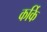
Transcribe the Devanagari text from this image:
कर्कि